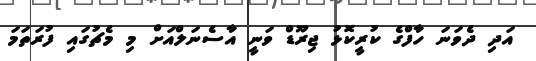
އަދި ދެވަނަ ހާފްގެ ކުރީކޮޅު ޖިރޫޑް ވަނީ އާސެނަލްއަށް މި މެޗުގައި ފުރަތަމަ